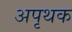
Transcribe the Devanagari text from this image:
अपृथक